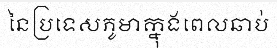
នៃប្រទេសភូមាក្នុងពេលឆាប់